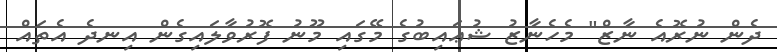
ދެން ނުރޮއެ ނާޒް" މެހެނާޒު ޝުޢައިބުގެ މޭގައި މޫނު ފޮރުވާލައިގެން އިނދެ އެތައް